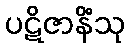
ပဋိဇာနိံသု